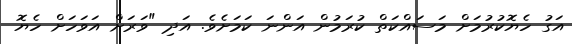
އަގު ހެޔޮކުރުމަށް މަސައްކަތް ކުރަމުން އަންނަ ކަމަށެވެ. އަދި "ވަރަށް އަވަހަށް ހެޔޮ